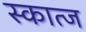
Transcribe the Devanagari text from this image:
स्कात्ज